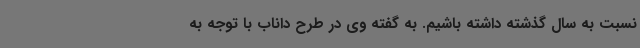
نسبت به سال گذشته داشته باشیم. به گفته وی در طرح داناب با توجه به